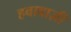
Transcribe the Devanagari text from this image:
हवाबाज़ी